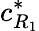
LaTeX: c_{R_{1}}^{*}